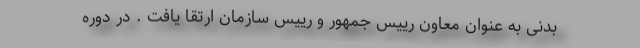
بدنی به عنوان معاون رییس جمهور و رییس سازمان ارتقا یافت . در دوره